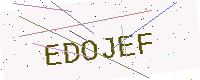
Text: EDOJEF